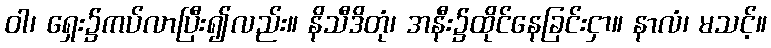
ဝါ၊ ရှေး၌ကပ်လာပြီး၍လည်း။ နိသီဒိတုံ၊ အနီး၌ထိုင်နေခြင်းငှာ။ နာလံ၊ မသင့်။